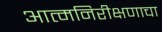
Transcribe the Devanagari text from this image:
आत्मनिरीक्षणाचा